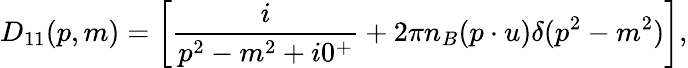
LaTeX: D_{11}(p,m)=\left[{\frac{i}{p^{2}-m^{2}+i0^{+}}}+2\pi n_{B}(p\cdot u)\delta(p^{2}-m^{2})\right],